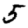
Digit: 5